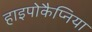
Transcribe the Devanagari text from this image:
हाइपोकैप्निया